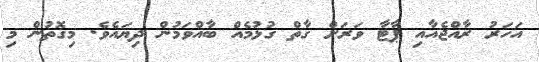
އަހަރު ރާއްޖެއާއި ޕާޓާ ވަރަށް ގާތް ގުޅުމެއް ބާއްވަމުން ދިޔައެވެ. މިގޮތުން މި